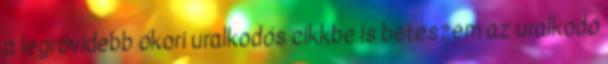
a legrövidebb ókori uralkodós cikkbe is beteszem az uralkodó